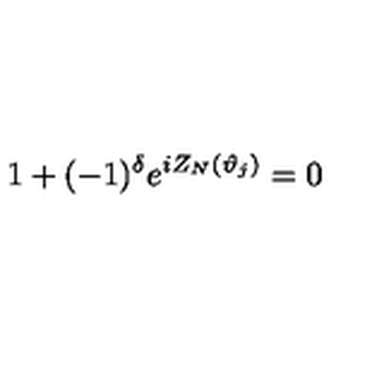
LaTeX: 1 + ( - 1 ) ^ { \delta } e ^ { i Z _ { N } ( \vartheta _ { j } ) } = 0